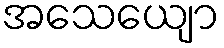
အသေယျော